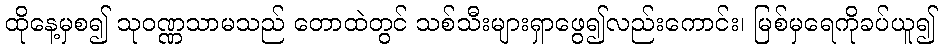
ထိုနေ့မှစ၍ သုဝဏ္ဏသာမသည် တောထဲတွင် သစ်သီးများရှာဖွေ၍လည်းကောင်း၊ မြစ်မှရေကိုခပ်ယူ၍